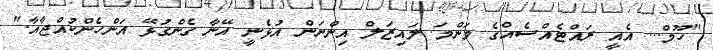
"ހޫމް... އެއީ ރައްޓެއްސެއްގެ މަންމަ. ލައިޒަލް އިންނަން އުޅެނީ އޭނާ ގެންގުޅޭ އަންހެންކުއްޖާއާ."